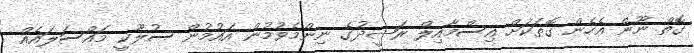
ގޮތް ނޫން އެހެން ގޮތަކަށް އިސްމާއިލް ރަޝީދުގެ ނިންމެވުމުން އައުމުން ސުލޫކީ މައްސަލައެއް